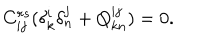
LaTeX: C _ { i j } ^ { r s } ( \delta _ { k } ^ { i } \delta _ { n } ^ { j } + Q _ { k n } ^ { i j } ) = 0 .